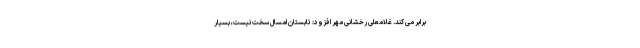
برابر می کند. غلامعلی رخشانی مهر افزود: تابستان امسال سخت نیست، بسیار